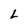
Character: L